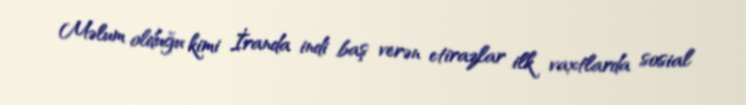
Məlum olduğu kimi İranda indi baş verən etirazlar ilk vaxtlarda sosial